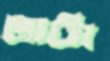
ভাটা